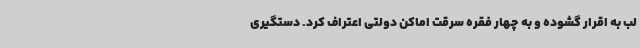
لب به اقرار گشوده و به چهار فقره سرقت اماکن دولتی اعتراف کرد. دستگیری